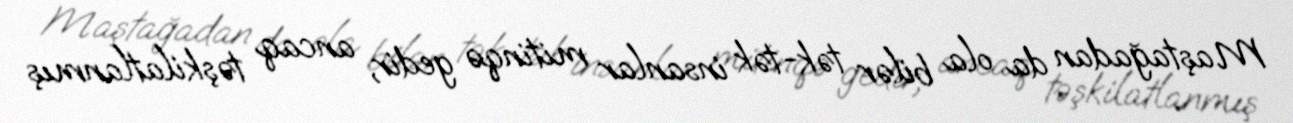
Maştağadan da ola bilər tək-tək insanlar mitinqə gedir, ancaq təşkilatlanmış